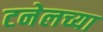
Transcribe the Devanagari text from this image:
टनेलच्या